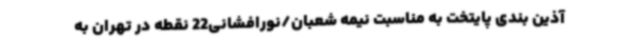
آذین بندی پایتخت به مناسبت نیمه شعبان/نورافشانی22 نقطه در تهران به